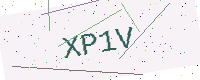
Text: XP1V